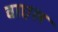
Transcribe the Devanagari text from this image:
वाएल